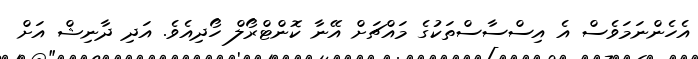
އެހެންނަމަވެސް އެ އިސްސާސްތަކުގެ މައްޗަށް އޭނާ ކޮންޓްރޯލް ހޯދިއެވެ. އަދި ދާނިޝް އަށް